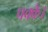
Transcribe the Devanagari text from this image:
पक्के।